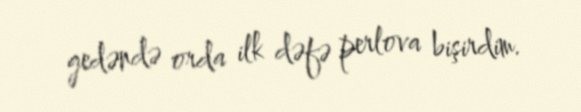
gedəndə orda ilk dəfə perlova bişirdim.